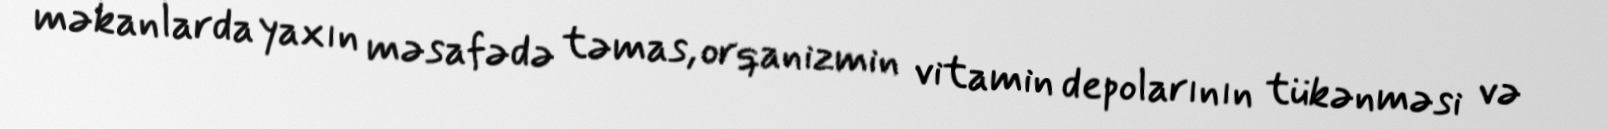
məkanlarda yaxın məsafədə təmas, orqanizmin vitamin depolarının tükənməsi və